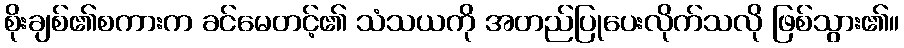
စိုးချစ်၏စကားက ခင်မေတင့်၏ သံသယကို အတည်ပြုပေးလိုက်သလို ဖြစ်သွား၏။